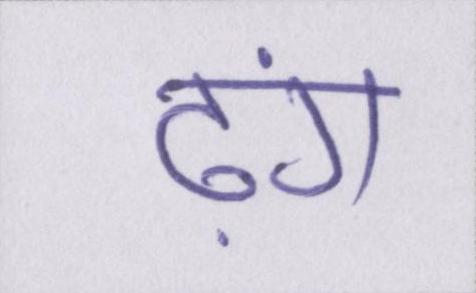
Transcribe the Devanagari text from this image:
ढ़ंग